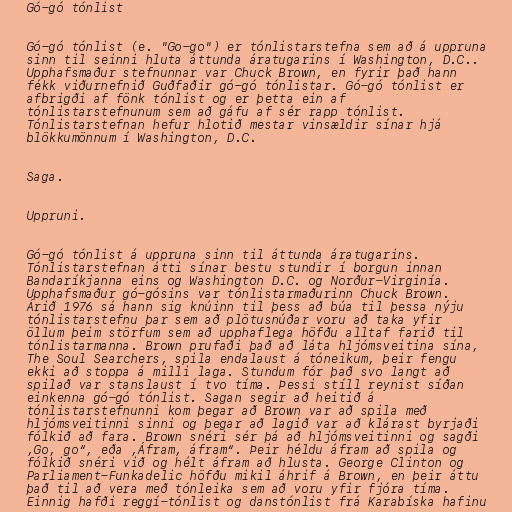
Gó-gó tónlist

Gó-gó tónlist (e. "Go-go") er tónlistarstefna sem að á uppruna
sinn til seinni hluta áttunda áratugarins í Washington, D.C..
Upphafsmaður stefnunnar var Chuck Brown, en fyrir það hann
fékk viðurnefnið Guðfaðir gó-gó tónlistar. Gó-gó tónlist er
afbrigði af fönk tónlist og er þetta ein af
tónlistarstefnunum sem að gáfu af sér rapp tónlist.
Tónlistarstefnan hefur hlotið mestar vinsældir sínar hjá
blökkumönnum í Washington, D.C.

Saga.

Uppruni.

Gó-gó tónlist á uppruna sinn til áttunda áratugarins.
Tónlistarstefnan átti sínar bestu stundir í borgun innan
Bandaríkjanna eins og Washington D.C. og Norður-Virginía.
Upphafsmaður gó-gósins var tónlistarmaðurinn Chuck Brown.
Árið 1976 sá hann sig knúinn til þess að búa til þessa nýju
tónlistarstefnu þar sem að plötusnúðar voru að taka yfir
öllum þeim störfum sem að upphaflega höfðu alltaf farið til
tónlistarmanna. Brown prufaði það að láta hljómsveitina sína,
The Soul Searchers, spila endalaust á tóneikum, þeir fengu
ekki að stoppa á milli laga. Stundum fór það svo langt að
spilað var stanslaust í tvo tíma. Þessi stíll reynist síðan
einkenna gó-gó tónlist. Sagan segir að heitið á
tónlistarstefnunni kom þegar að Brown var að spila með
hljómsveitinni sinni og þegar að lagið var að klárast byrjaði
fólkið að fara. Brown snéri sér þá að hljómsveitinni og sagði
,Go, go“, eða ,Áfram, áfram“. Þeir héldu áfram að spila og
fólkið snéri við og hélt áfram að hlusta. George Clinton og
Parliament-Funkadelic höfðu mikil áhrif á Brown, en þeir áttu
það til að vera með tónleika sem að voru yfir fjóra tíma.
Einnig hafði reggí-tónlist og danstónlist frá Karabíska hafinu